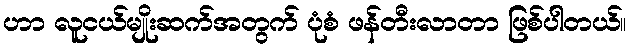
ဟာ လူငယ်မျိုးဆက်အတွက် ပုံစံ ဖန်တီးလာတာ ဖြစ်ပါတယ်။